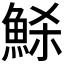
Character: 𩶼